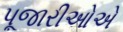
પૂજારીઓએ